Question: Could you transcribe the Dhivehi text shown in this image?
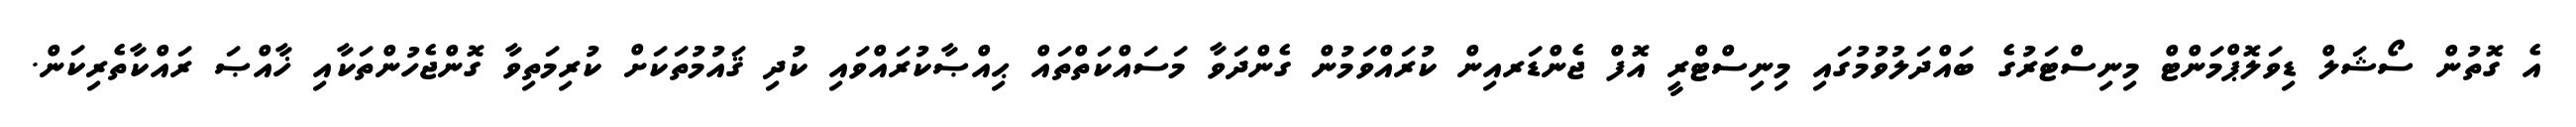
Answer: އެ ގޮތުން ސޯޝަލް ޑިވަލޮޕްމަންޓް މިނިސްޓަރުގެ ބައްދަލުވުމުގައި މިނިސްޓްރީ އޮފް ޖެންޑަރއިން ކުރައްވަމުން ގެންދަވާ މަސައްކަތްތައް ޙިއްޞާކުރައްވައި ކުދި ޤައުމުތަކަށް ކުރިމަތިވާ ގޮންޖެހުންތަކާއި ޚާއްޞަ ރައްކާތެރިކަން.